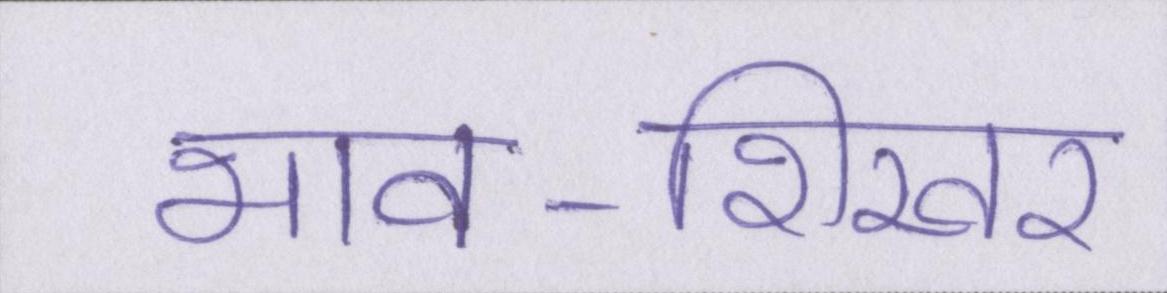
भाव-शिखर